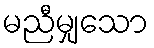
မညီမျှသော